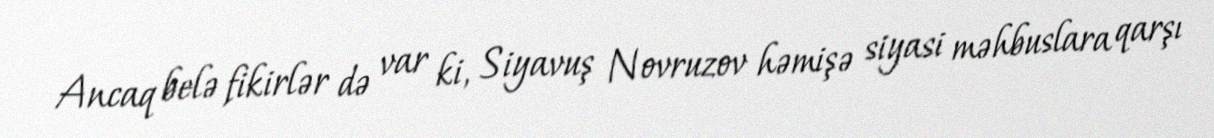
Ancaq belə fikirlər də var ki, Siyavuş Novruzov həmişə siyasi məhbuslara qarşı